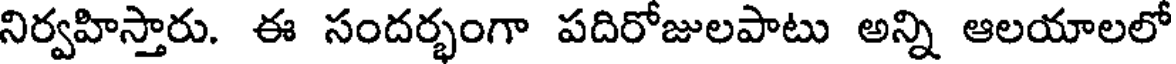
నిర్వహిస్తారు. ఈ సందర్భంగా పదిరోజులపాటు అన్ని ఆలయాలలో